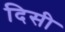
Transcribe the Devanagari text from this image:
दिसी